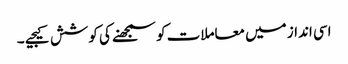
اسی انداز میں معاملات کو سمجھنے کی کوشش کیجیے ۔